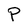
Character: P